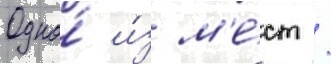
Одно́ и́з м'е́ст /